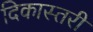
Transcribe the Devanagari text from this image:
दिकास्तरी